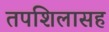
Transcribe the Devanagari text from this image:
तपशिलासह